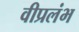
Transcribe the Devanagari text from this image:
वीप्रलंभ